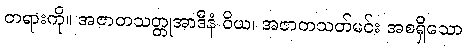
တရားကို။ အဇာတသတ္တုအာဒီနံ ဝိယ၊ အဇာတသတ်မင်း အစရှိသော